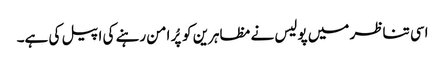
اسی تناظر میں پولیس نے مظاہرین کو پُر امن رہنے کی اپیل کی ہے۔